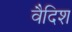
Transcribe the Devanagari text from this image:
वैदिश